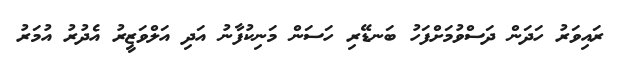
ރައިވަރު ހަދަން ދަސްވުމަށްފަހު ބަނޑޭރި ހަސަން މަނިކުފާނު އަދި އަލްވަޒީރު އެދުރު އުމަރު